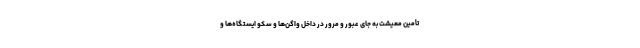
تأمین معیشت به جای عبور و مرور در داخل واگن‌ها و سکو ایستگاه‌ها و